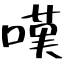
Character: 嘆